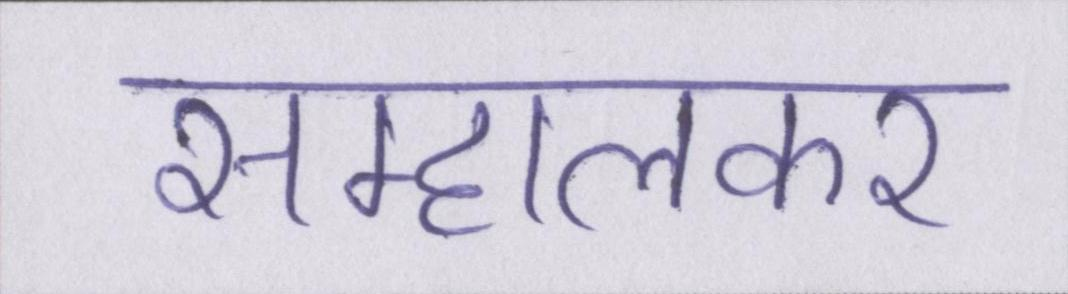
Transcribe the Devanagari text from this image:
सम्हालकर